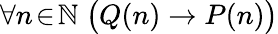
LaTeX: \forall n\! \in\! \mathbb{N}\; {\bigl(}Q(n)\rightarrow P(n){\bigr)}